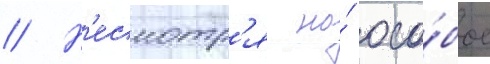
// Н'есмотр'я на́ осо́бое